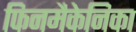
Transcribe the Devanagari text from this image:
फिनमैकेनिका